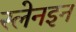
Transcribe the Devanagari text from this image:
स्लेनइन